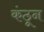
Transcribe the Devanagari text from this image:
कंठून